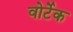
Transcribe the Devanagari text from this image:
वोर्टेक